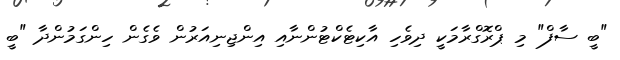
"ބީ ސާފް" މި ޕްރޮގްރާމަކީ ދިވެހި އާކިޓެކްޓުންނާއި އިންޖިނިއަރުން ވެގެން ހިންގަމުންދާ "ބީ